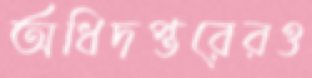
অধিদপ্তরেরও